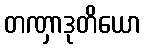
တဏှာဒုတိယော